Indian journal of veterinary science and animal husbandry - Volumes 26-27, 1956-1957
Year: 1956
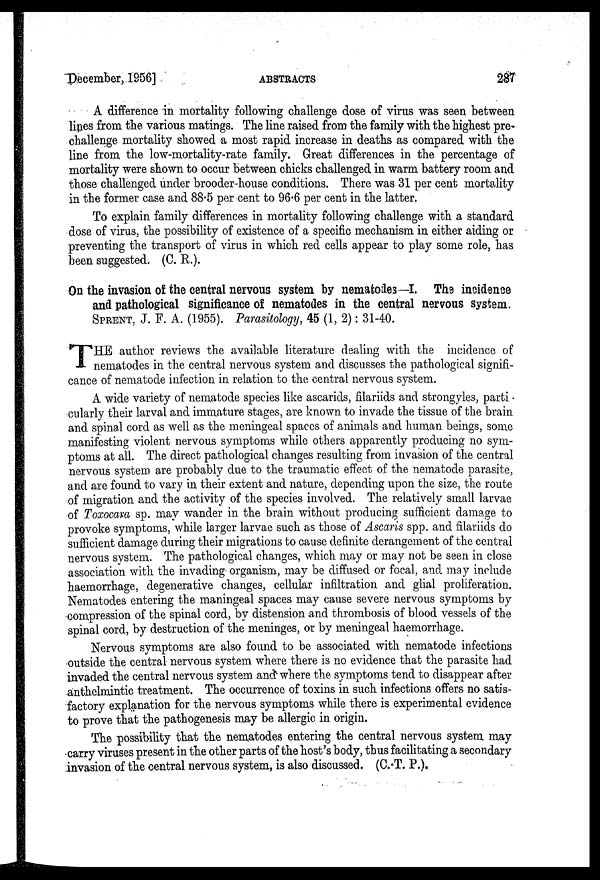
December, 1956]
ABSTRACTS
287
A difference in mortality following challenge dose of virus was seen between
lines from the various matings. The line raised from the family with the highest pre-
challenge mortality showed a most rapid increase in deaths as compared with the
line from the low-mortality-rate family. Great differences in the percentage of
mortality were shown to occur between chicks challenged in warm battery room and
those challenged under brooder-house conditions. There was 31 per cent mortality
in the former case and 88.5 per cent to 96.6 per cent in the latter.
To explain family differences in mortality following challenge with a standard
dose of virus, the possibility of existence of a specific mechanism in either aiding or
preventing the transport of virus in which red cells appear to play some role, has
been suggested. (C. R.).
On the invasion of the central nervous system by nematodes—I. The incidence
and pathological significance of nematodes in the central nervous system.
SPRENT, J. F. A. (1955). Parasitology, 45 (1, 2): 31-40.
T HE author reviews the available literature dealing with the incidence of
nematodes in the central nervous system and discusses the pathological signifi-
cance of nematode infection in relation to the central nervous system.
A wide variety of nematode species like ascarids, filariids and strongyles, parti-
cularly their larval and immature stages, are known to invade the tissue of the brain
and spinal cord as well as the meningeal spaces of animals and human beings, some
manifesting violent nervous symptoms while others apparently producing no sym-
ptoms at all. The direct pathological changes resulting from invasion of the central
nervous system are probably due to the traumatic effect of the nematode parasite,
and are found to vary in their extent and nature, depending upon the size, the route
of migration and the activity of the species involved. The relatively small larvae
of Toxocara sp. may wander in the brain without producing sufficient damage to
provoke symptoms, while larger larvae such as those of Ascaris spp. and filariids do
sufficient damage during their migrations to cause definite derangement of the central
nervous system. The pathological changes, which may or may not be seen in close
association with the invading organism, may be diffused or focal, and may include
haemorrhage, degenerative changes, cellular infiltration and glial proliferation.
Nematodes entering the maningeal spaces may cause severe nervous symptoms by
compression of the spinal cord, by distension and thrombosis of blood vessels of the
spinal cord, by destruction of the meninges, or by meningeal haemorrhage.
Nervous symptoms are also found to be associated with nematode infections
outside the central nervous system where there is no evidence that the parasite had
invaded the central nervous system and where the symptoms tend to disappear after
anthelmintic treatment. The occurrence of toxins in such infections offers no satis-
factory explanation for the nervous symptoms while there is experimental evidence
to prove that the pathogenesis may be allergic in origin.
The possibility that the nematodes entering the central nervous system may
carry viruses present in the other parts of the host's body, thus facilitating a secondary
invasion of the central nervous system, is also discussed. (C.T.P.).